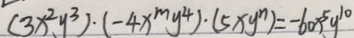
( 3 x ^ { 2 } y ^ { 3 } ) \cdot ( - 4 x ^ { m } y ^ { 4 } ) \cdot ( 5 x y ^ { n } ) = - 6 0 x ^ { 5 } y ^ { 1 0 }